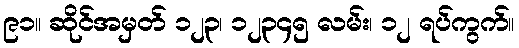
၉၁။ ဆိုင်အမှတ် ၁၂၃၊ ၁၂၃၄၅ လမ်း၊ ၁၂ ရပ်ကွက်။